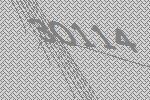
30114